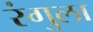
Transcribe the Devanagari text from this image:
रंगुला